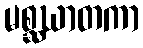
မစ္ဆဃာတကာ